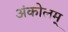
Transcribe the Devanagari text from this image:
अंकोलम्